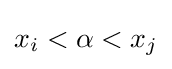
x_{i}<\alpha <x_{j}